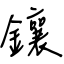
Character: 鑲